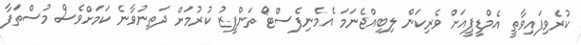
ކުރެވިފައިވާތީ އެމްޑީޕީއަށް ވެރިކަން ލިބިއްޖެނަމަ އެމެނިފެސްޓޯ ތަންފީޒު ކުރުމަށް ދަތިނުވާނެ ކަމަށްވެސް މުސްތަފާ